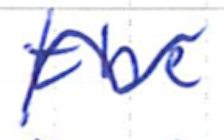
Text: the
Cross-out: wave
Writing tool: ballpoint